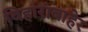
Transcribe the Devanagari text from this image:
विहारांबाहेर